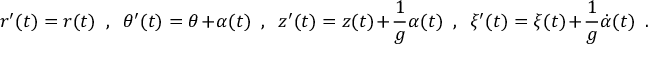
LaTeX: r ^ { \prime } ( t ) = r ( t ) \ \ , \ \ \theta ^ { \prime } ( t ) = \theta + \alpha ( t ) \ \ , \ \ z ^ { \prime } ( t ) = z ( t ) + \frac { 1 } { g } \alpha ( t ) \ \ , \ \ \xi ^ { \prime } ( t ) = \xi ( t ) + \frac { 1 } { g } \dot { \alpha } ( t ) \ \ .